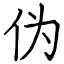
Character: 伪